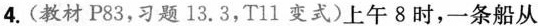
4.(教材P83，习题13.3，T11变式)上午8时，一条船从